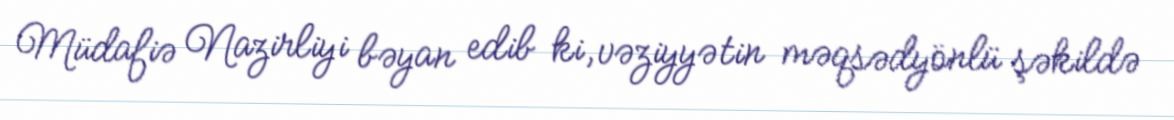
Müdafiə Nazirliyi bəyan edib ki, vəziyyətin məqsədyönlü şəkildə